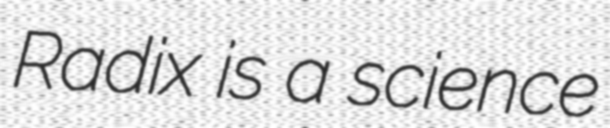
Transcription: Radix is a science